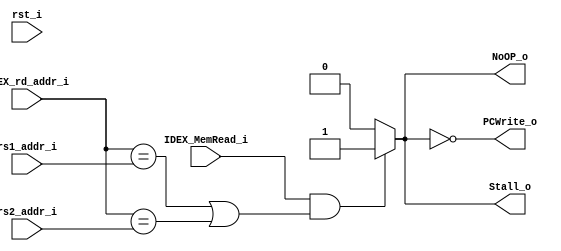
module Hazard
(
    rst_i,

    IDEX_MemRead_i,
    IDEX_rd_addr_i, 
    rs1_addr_i,
    rs2_addr_i,

    PCWrite_o,
    NoOP_o,
    Stall_o
);
input          rst_i;
input          IDEX_MemRead_i;
input   [4:0]  IDEX_rd_addr_i;
input   [4:0]  rs1_addr_i, rs2_addr_i;

output         PCWrite_o;
output         NoOP_o;
output         Stall_o;

assign Stall_o   = (IDEX_MemRead_i == 1 && (IDEX_rd_addr_i == rs1_addr_i || IDEX_rd_addr_i == rs2_addr_i))? 1 : 0;

assign PCWrite_o = ~Stall_o;
assign NoOP_o    = Stall_o;

endmodule